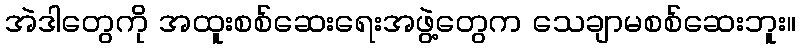
အဲဒါတွေကို အထူးစစ်ဆေးရေးအဖွဲ့တွေက သေချာမစစ်ဆေးဘူး။